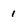
Character: 1